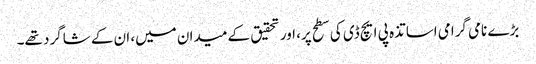
بڑے نامی گرامی اساتذہ پی ایچ ڈی کی سطح پر، اور تحقیق کے میدان میں، ان کے شاگرد تھے۔